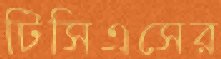
টিসিএসের